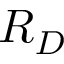
R _ { D }